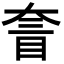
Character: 𡙄